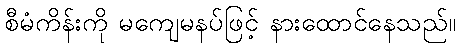
စီမံကိန်းကို မကျေမနပ်ဖြင့် နားထောင်နေသည်။